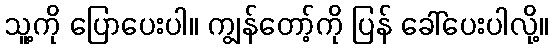
သူ့ကို ပြောပေးပါ။ ကျွန်တော့်ကို ပြန် ခေါ်ပေးပါလို့။